Tezpur Lunatic Asylum reports 1877-1894 - 1877-1894
Year: 1877
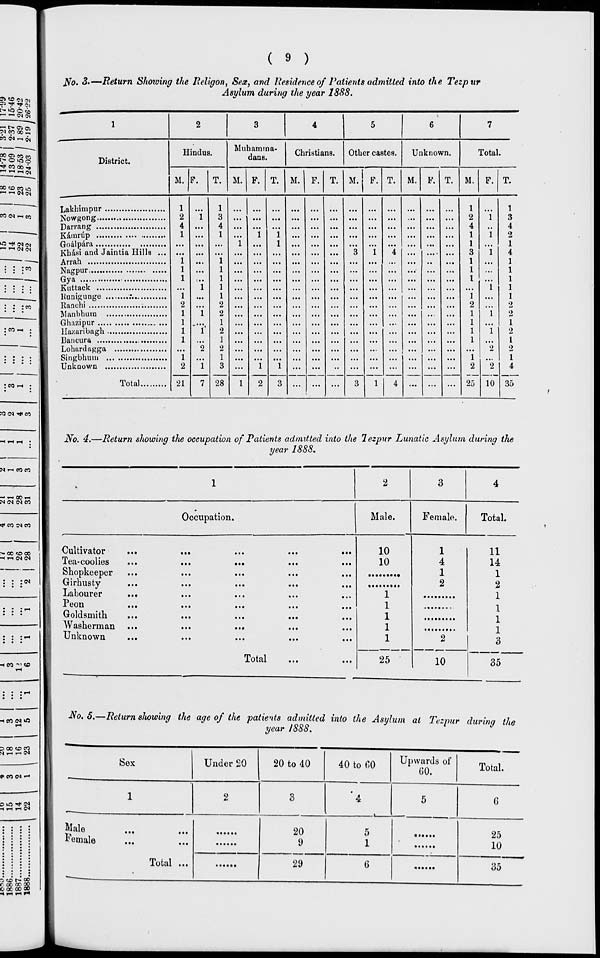
( 9 )
jV'o. 3-—Return Showing the Religon, Sex, and Residence of Patients admitted into the Tezpur
Asylum during the year 1888.
•—1> ci a»
» coco.-.
"■" *H 04 04
.
. . • m
. CO I—«
District.
Hindus.
M. L^.
Muhamma-
dans.
Christians.
Other castes.
Unknown.
Total.
M. P. T. M. F. T. M. F
M. P.
M.
Lakhimpur
Nowgong
Darrang
Kamrtip
Khasi and Jaintia Hills ...
Arrah
Nagpur
Gya
l\ II11JIC K ••••••••••••••• •••••••■•
liunigunge
:.
Manhhum
Ghazipur
llazaribagh
Bancura
Lohardagga
Singbhum
Unknown
Total
1
1
2
i 3
4 ...
4
1 ...
1 ...
1
...
...
...
1 ...
"i '.'.'. "i
...
'.'.'.
I
l
l
l
l
l
I
l
2
2
1
l
2
1
1
1
i'
2
1
1
2
2
1
1
2
1
3 ...
1
21
7 28
1
2
1
2
4
1
2
25
1
"i
"2
"2
10
1
3
4
2
1
4
1
1
1
1
1
2
2
1
2
1
2
1
4
35
iVo. 4.—Return showing the occupation of Patients admitted into the lezpur Lunatic Asylum during the
year 1888.
-
I '-<00H
N <N CM CO
1
2
3
4
Occupation.
Male.
Female.
Total.
Cultivator
...
...
...
...
«
Tea-coolies
...
...
...
...
,
Shopkeeper ...
...
...
...
,
Girhusty
Labourer
...
...
...
...
,
••
10
10
1
4
1
2
11
14
1
2
1
1
1
1
1
25
1
1
1
1
3
x eon
...
...
...
...
t
Goldsmith
Washerman ...
...
...
Unknown
2
Total
...
10
35
iVo. 5.—Return stowing the age of the patients admitted into the Asylum at Tezpur during the
year 1888.
r> 00 <x>eo
D m ** <N
HHrtH
^5 ?£> t~» 00
r. 00 00 00
O CO CO CO
Male
female
Sox
Under 20
2
Total ...
20 to 40
20
9
29
40 to 00
4
5
1
6
Upwards of
GO.
5
Total.
G
25
10
35